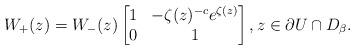
LaTeX: \begin{align*}W_{+}(z)=W_{-}(z)\begin{bmatrix}1&-\zeta(z)^{-c}e^{\zeta(z)} \\0&1\end{bmatrix}, z\in\partial U\cap D_\beta.\end{align*}